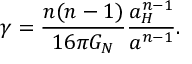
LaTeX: \gamma = { \frac { n ( n - 1 ) } { 1 6 \pi G _ { N } } } { \frac { a _ { H } ^ { n - 1 } } { a ^ { n - 1 } } } .